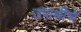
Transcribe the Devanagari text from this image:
उपाधीचे